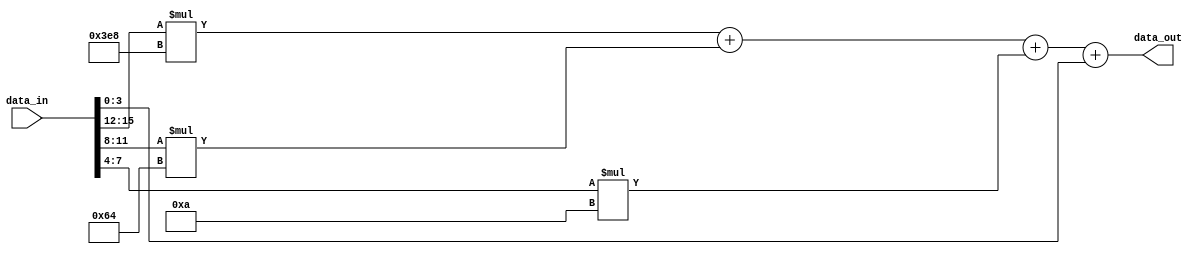

module BCD_to_Bin (data_in,data_out);
           input [15:0]data_in;
			  output [15:0]data_out;		  


assign data_out = data_in[15:12]*1000 + data_in[11:8]*100 + data_in[7:4]*10 + data_in[3:0];
endmodule